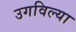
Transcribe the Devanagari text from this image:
उगविल्या